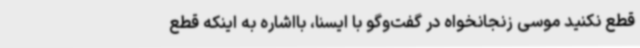
قطع نکنید موسی زنجانخواه در گفت‌وگو با ایسنا، بااشاره به اینکه قطع